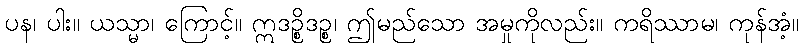
ပန၊ ပါး။ ယသ္မာ၊ ကြောင့်။ ဣဒဉ္စိဒဉ္စ၊ ဤမည်သော အမှုကိုလည်း။ ကရိဿာမ၊ ကုန်အံ့။